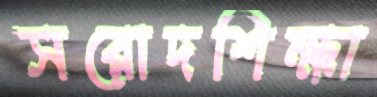
সরোদশিক্ষা